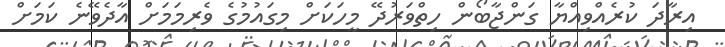
އިރާދަ ކުރެއްވިއްޔާ ގަންޖާބޯން ހިތްވަރުދޭ މީހަކަށް މިގައުމުގެ ވެރިމަމަށް އާދެވޭނެ ކަމަށް